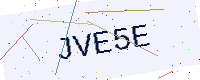
Text: JVE5E